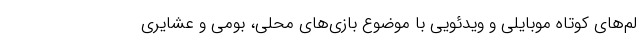
لم‌های كوتاه موبایلی و ویدئویی با موضوع بازی‌های محلی، بومی و عشایری